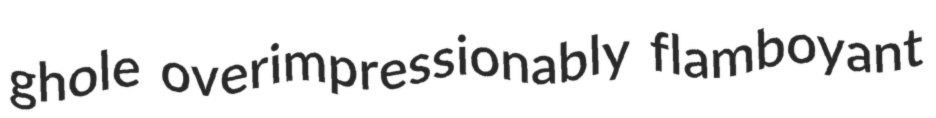
ghole overimpressionably flamboyant